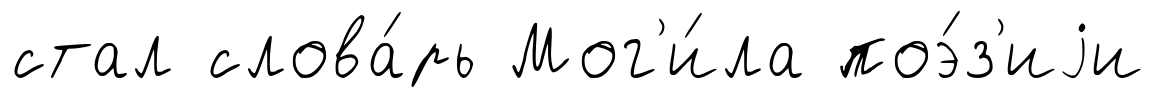
стал слова́рь Мог'и́ла поэ́з'иjи